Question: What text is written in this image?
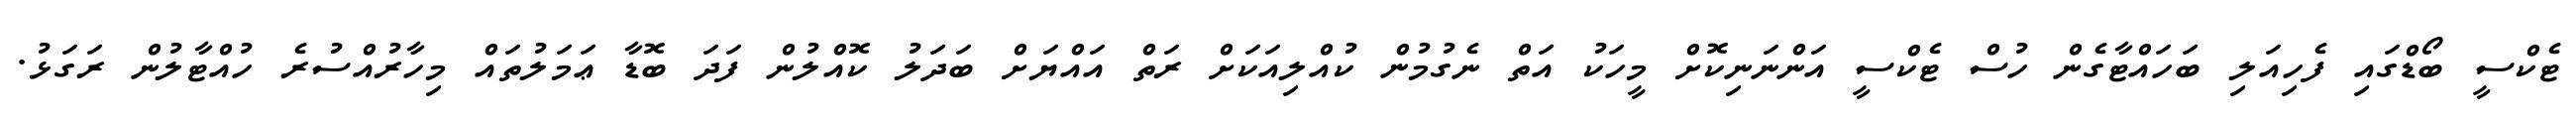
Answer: ޓެކްސީ ބޯޑްގައި ފެހިއަލި ބަހައްޓާގެން ހުސް ޓެކްސީ އަންނަނިކޮށް މީހަކު އަތް ނެގުމުން ކުއްލިއަކަށް ރަތް އައްޔަށް ބަދަލު ކޮއްލުން ފަދަ ބޮޑާ ޢަމަލުތައް މިހާރުއްސުރެ ހުއްޓާލުން ރަގަޅު.